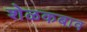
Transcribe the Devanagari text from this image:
शेळकबाव